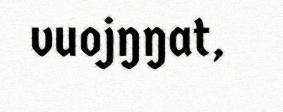
vuojŋŋat,